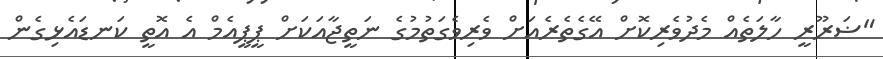
"ޟަރޫރީ ހާލަތެއް މެދުވެރިކޮށް އޭގެތެރެއަށް ވެރިވެގަތުމުގެ ނަތީޖާއަކަށް ޕީޕީއެމް އެ އޮތީ ކަނޑައެޅިގެން